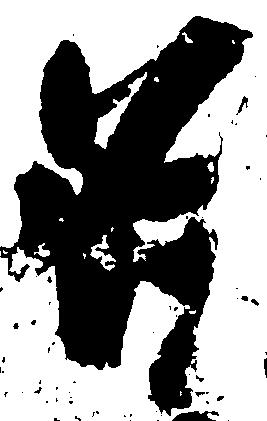
必